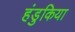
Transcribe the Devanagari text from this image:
हंडुकिया